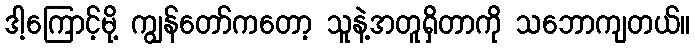
ဒါ့ကြောင့်မို့ ကျွန်တော်ကတော့ သူနဲ့အတူရှိတာကို သဘောကျတယ်။